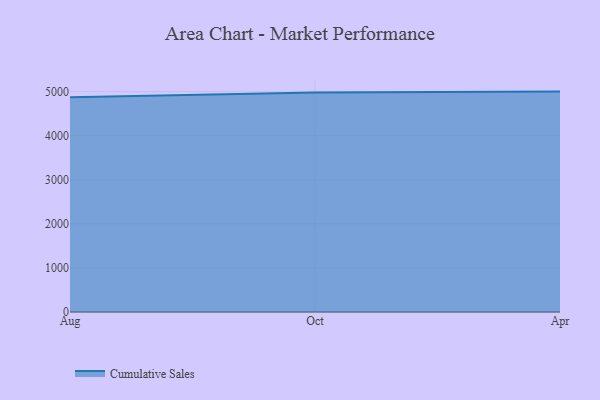
{"axis": {"x": "Month", "y": "Waste Production (Tons)"}, "legend": ["Cumulative Sales"], "data": [{"x": "Aug", "y": 4871.7, "type": "Cumulative Sales"}, {"x": "Oct", "y": 4978.2, "type": "Cumulative Sales"}, {"x": "Apr", "y": 5000, "type": "Cumulative Sales"}]}